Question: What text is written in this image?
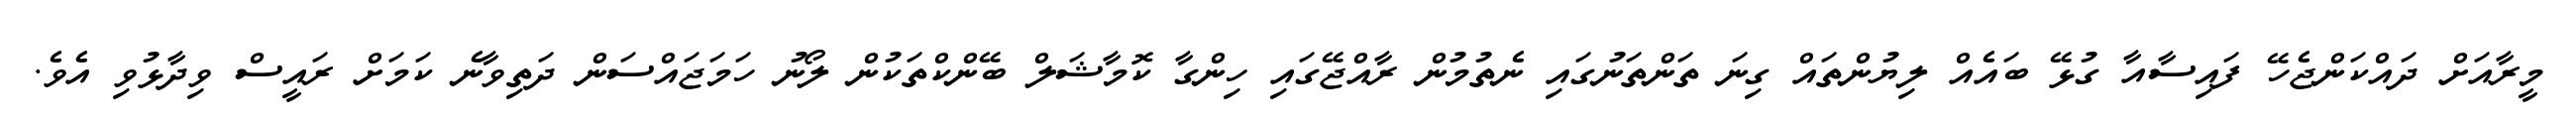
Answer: މީރާއަށް ދައްކަންޖެހޭ ފައިސާއާ ގުޅޭ ބައެއް ލިޔުންތައް ގިނަ ތަންތަނުގައި ނެތުމުން ރާއްޖޭގައި ހިންގާ ކޮމާޝަލް ބޭންކްތަކުން ލޯނު ހަމަޖައްސަން ދަތިވާނެ ކަމަށް ރައީސް ވިދާޅުވި އެވެ.